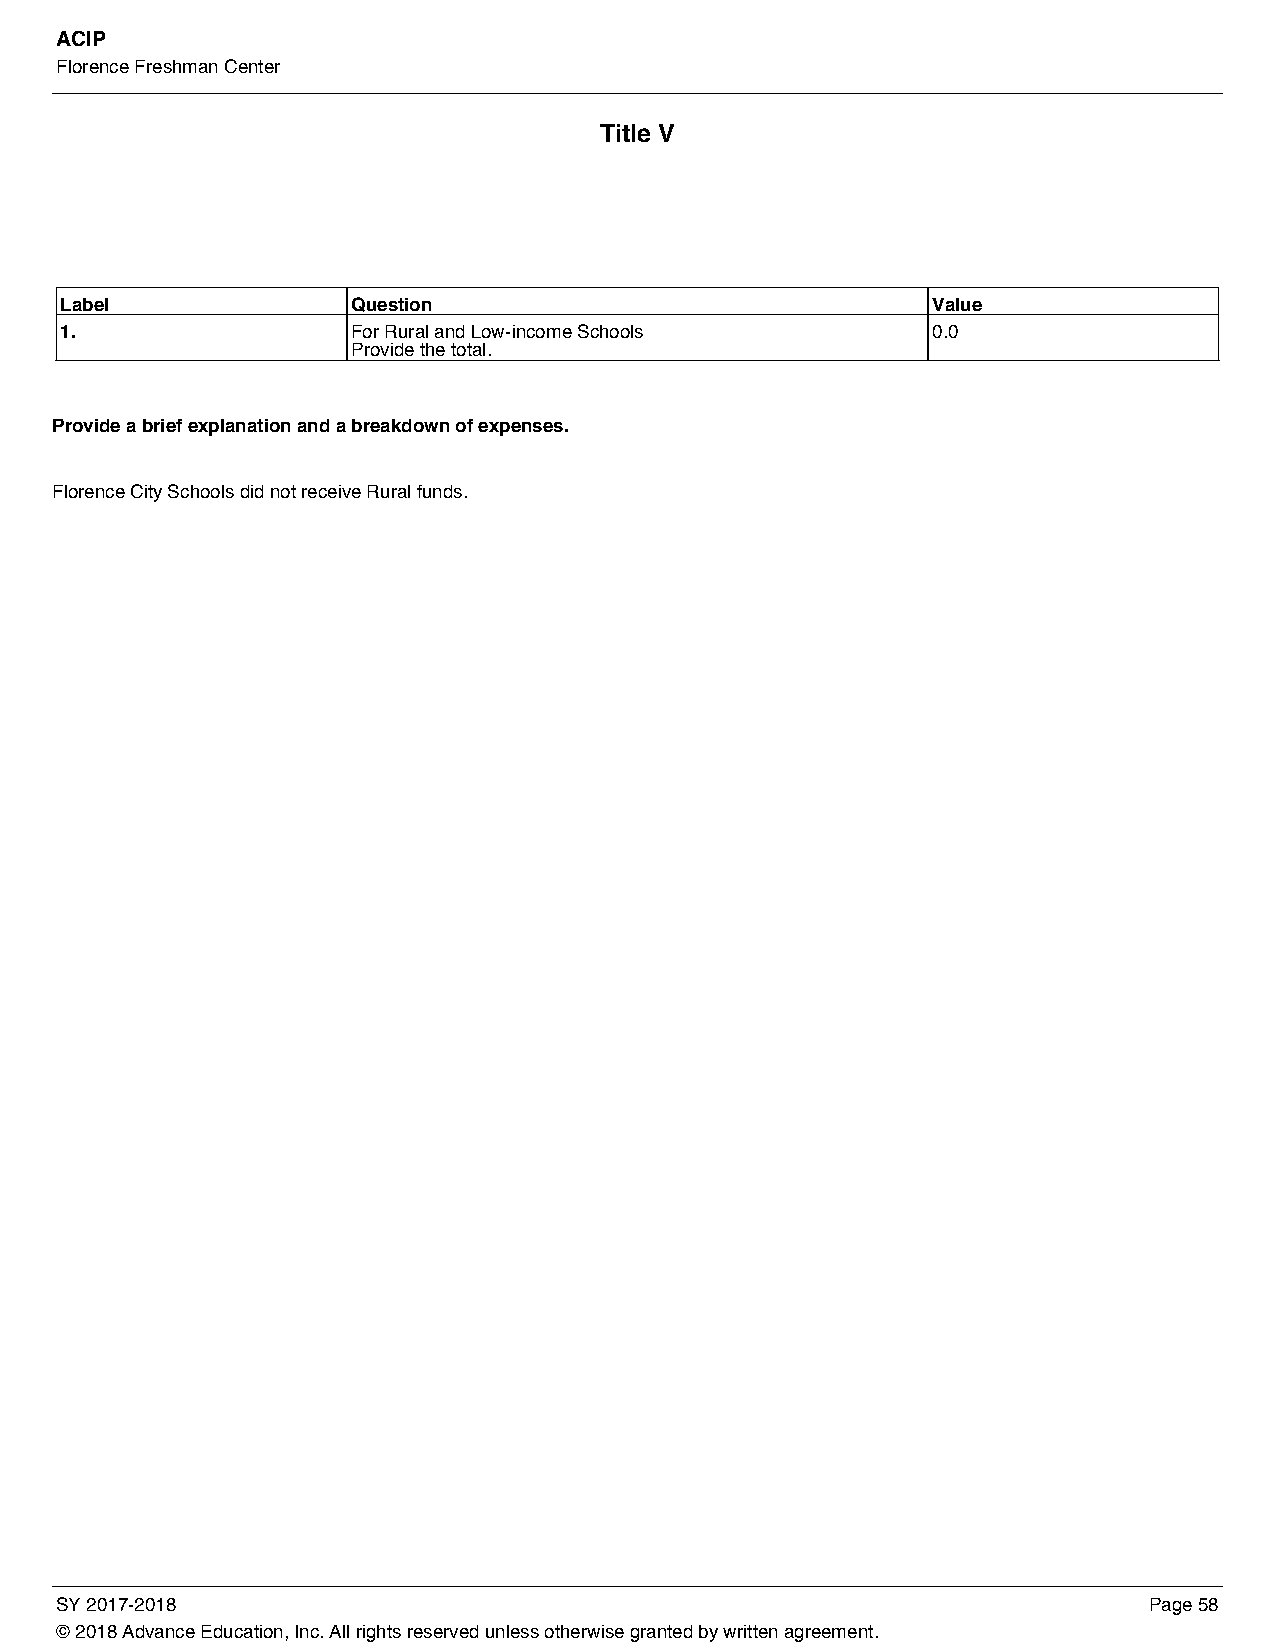
ACIP
 Florence Freshman Center
 Title V
 Label              Question                               Value
 1.                 For Rural and Low-income Schools       0.0
 Provide the total.
 Provide a brief explanation and a breakdown of expenses.
 Florence City Schools did not receive Rural funds.
 SY 2017-2018                                                            Page 58
 © 2018 Advance Education, Inc. All rights reserved unless otherwise granted by written agreement.